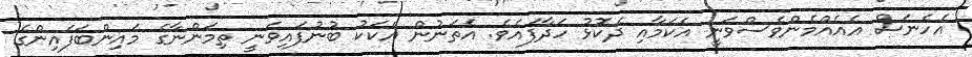
އެހެނަސް އެއެއްމެންވެސްވަނީ އެކަމާއި ދެކޮޅު ހަދާފައެވެ. އެތަނުން އެކަކު ބުނުފައިވަނީ ތިމަންނާގެ މައިންބަފައިންގެ